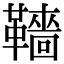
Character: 𩍙